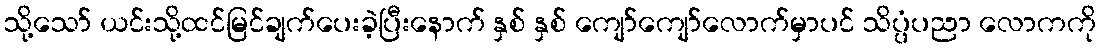
သို့သော် ယင်းသို့ထင်မြင်ချက်ပေးခဲ့ပြီးနောက် နှစ် နှစ် ကျော်ကျော်လောက်မှာပင် သိပ္ပံပညာ လောကကို